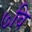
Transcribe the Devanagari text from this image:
७वि